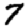
Digit: 7